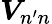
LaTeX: \boldsymbol{V}_{n^{\prime}n}